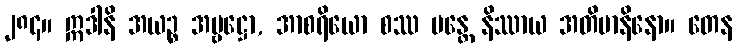
၂၈၄။ ဣဒါနိ အယဉ္စ အမ္ဗဋ္ဌော, အာစရိယော စဿ မန္တေ နိဿာယ အတိမာနိနော။ တေန